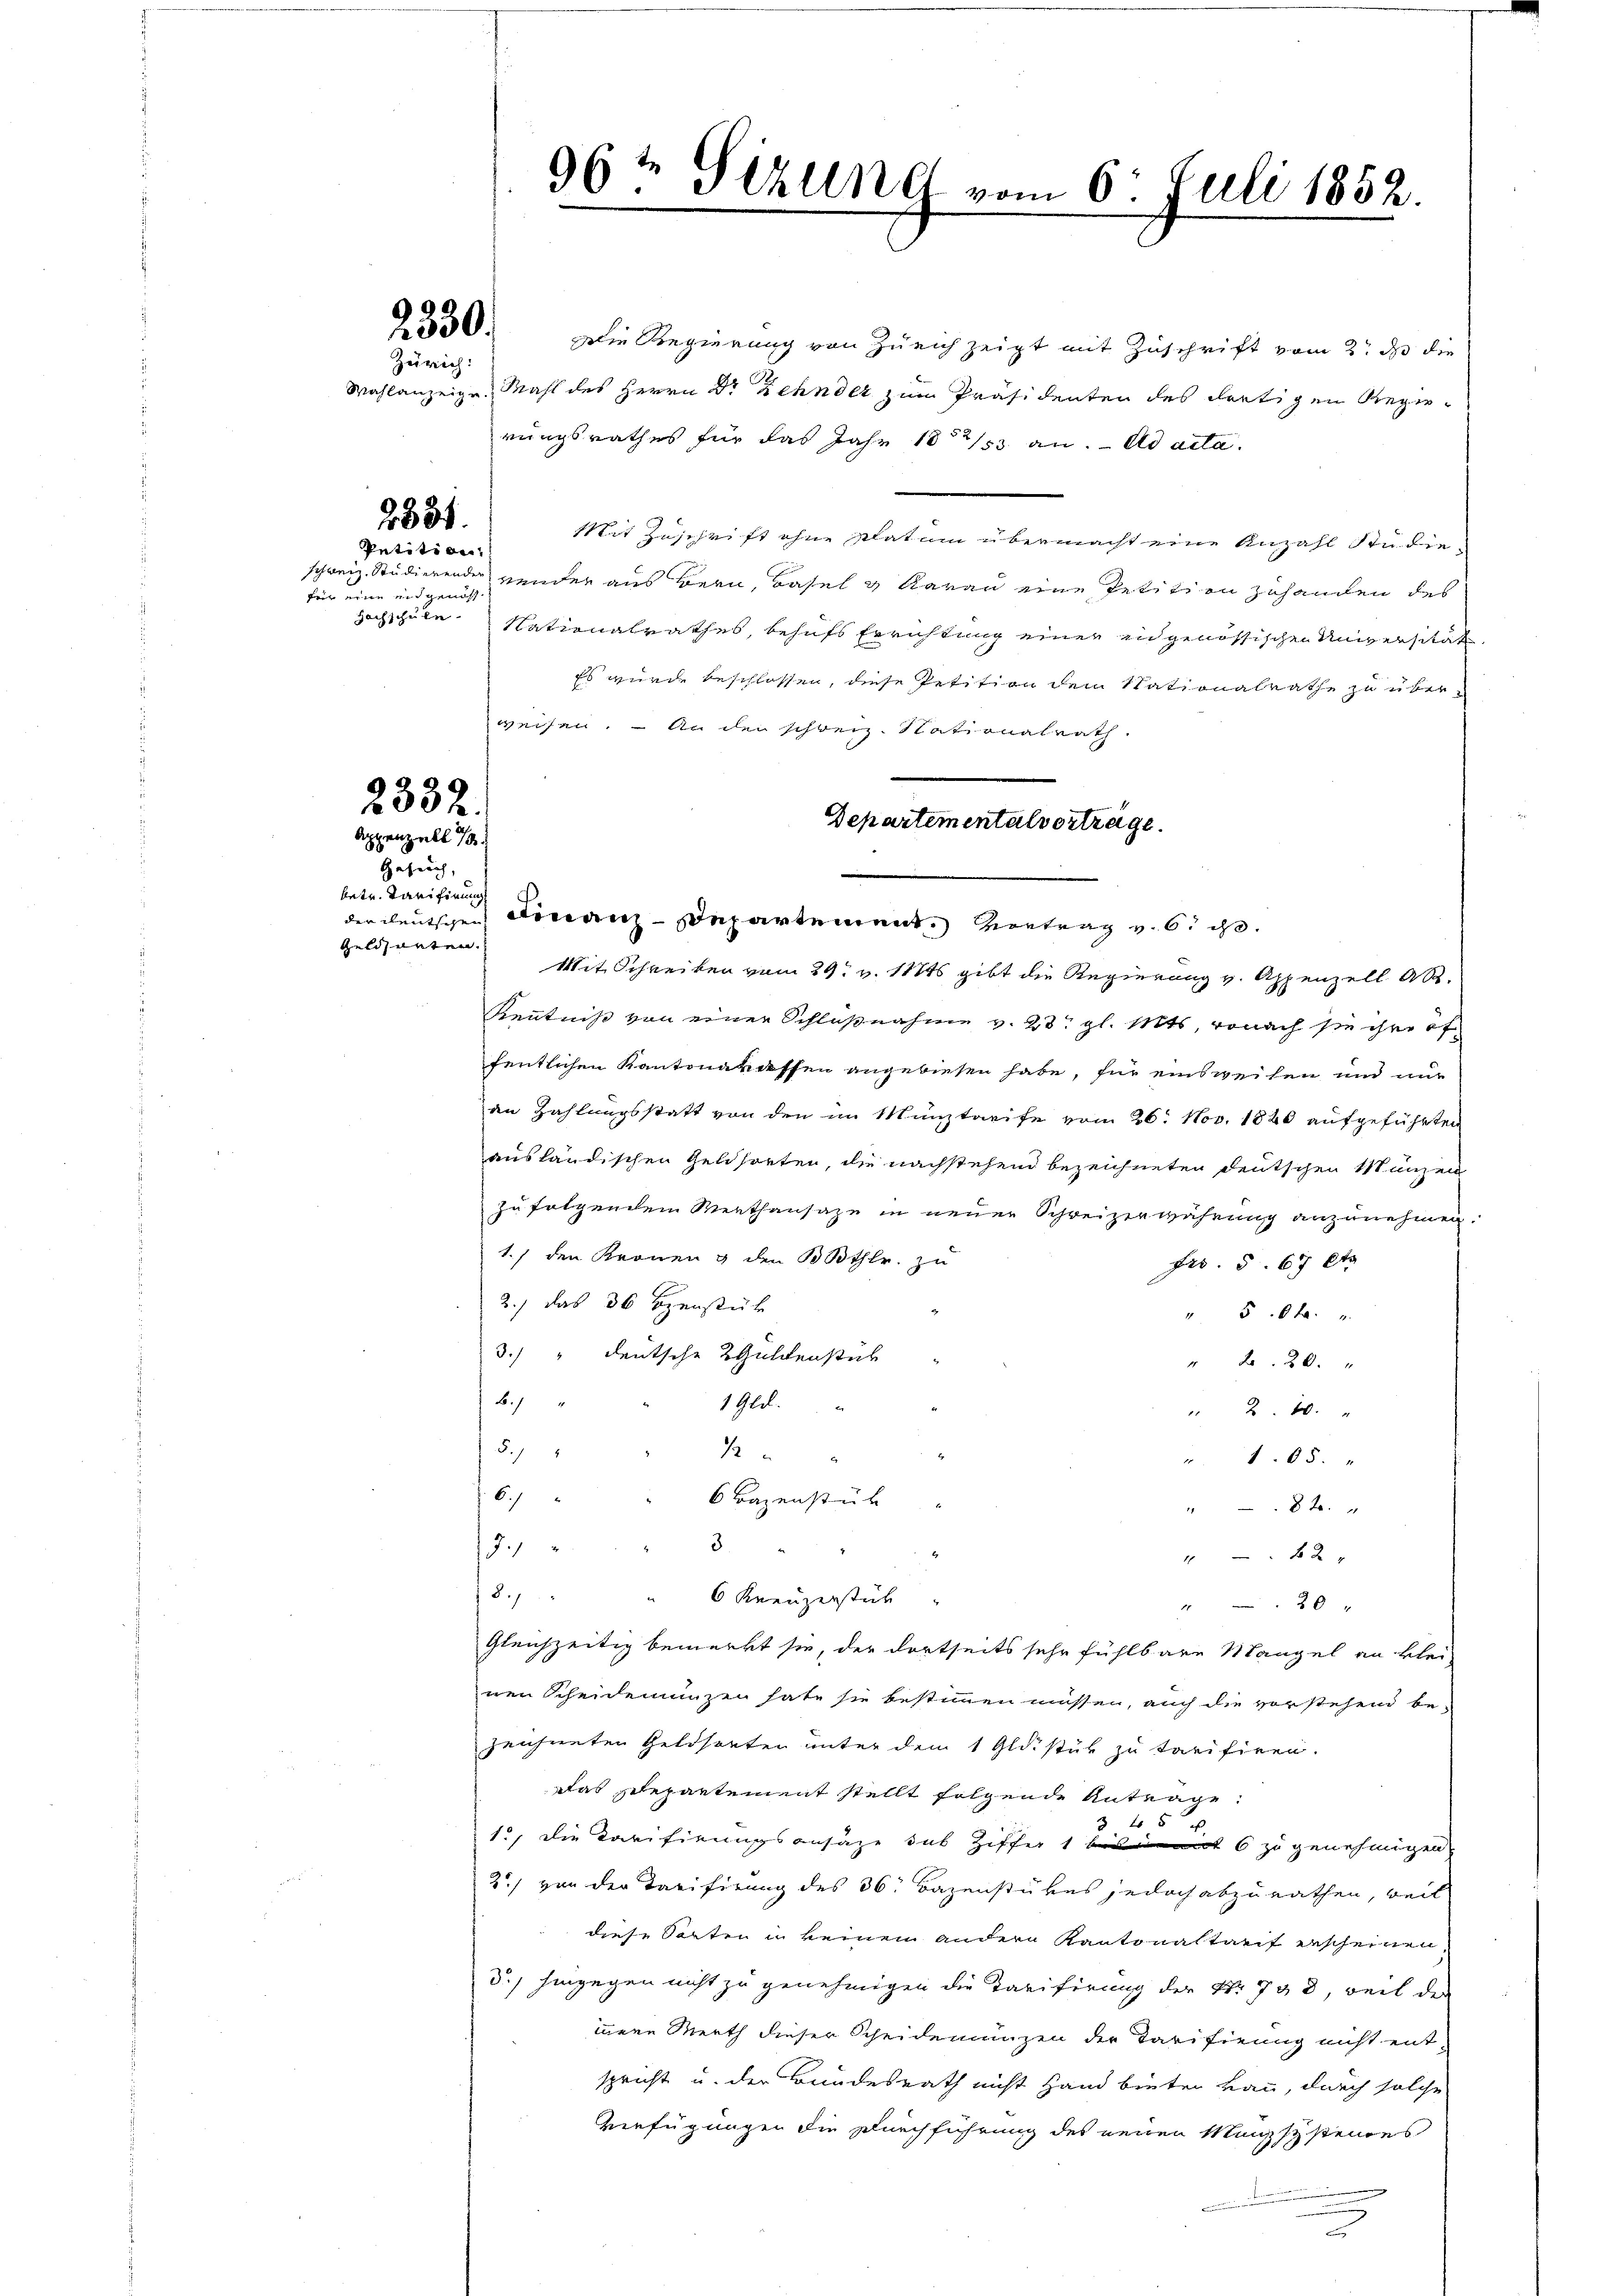
2330.

Zürich:

2881.

Petition.
für eine und genoss

2332.
Appenzell 1
Gesuch,

betr. Tarifirung
Geldsanten.

Die Regierung von Zürich zeigt mit Zuschrift vom 2. ds die
Wahlanzeige Mahl des Herrn Dr Zehnder zum Präsidenten des dretigen Regierungsrathes für das Jahr 1853 an. ad acta.
Mit Zuschrift ohne Datum übermacht eine Anzahl Studie-
schweiz. Studierender vender aus Bern, Basel & darau eine Petition zuhanden des
Hochschule Nationalrathes, behufs Errichtung einer in genössischen Universität
Es wurde beschlossen, diese Petition dem Nationalrathe zu überweisen. – An den schweiz. Nationalrath
Mit Schreiben vom 29. v. 118t gibt die Regierung v. Appenzell A.
Kenntniß von einer Schlußnahme v. 23. gl. Mts, wonach sie ihre öf
fentlichen Kantonardessen angewiesen habe, für einsweilen und nur
an Zahlungsstatt von den im Münztarife vom 26. Nov. 1826 aufgeführten
ausländischen Geldsorten, die nachstehend bezeichneten deutschen Münzen
zu folgendem Merthansaze in neuer Schweizerwährung anzunehmen.
1.) den Kronen & den 30 Bthlr. zu
Frs. S. 67 Ct
2./ das 30 Spenstück
" 50fr.
3.) " deutsche 2 Guldenstück
" 220. "
b.
1 Gld.
2.10.
5.)
.

" 165. "
6.
6 Bazenstük
82.
3
3.)
82
8.1
6 Kreuzerstück
" 20 "
gleichzeitig bemerkt sie, der dortseits sehr fühlbare Mangel an klei
nen Scheidemünzen hate sie bestimmen müssen, auch die vorstehend be-
zeichneten Geldsorten unter dem 1 Gldistik zu tarifiren.
Das Departement stellt folgende Antrage:
 f 8
1
1., die Tarifirungsansähe das Ziffer 1 bist 6 zu genehmigen
2) von der Tarifirung des 36. Bazenstükes jedoch abzurathen, weil
diese Sacten in keinem andern Kantonaltarif erscheinen,
3.) hingegen nicht zu genehmigen die Tarifirung der Nr. 798, weil der
innere Werth dieser Scheidenungen der Tarifirung nicht ent-
spricht u. der Bundesrath nicht Hand bieten kann, durch solche
Verfügungen die Durchführung des neuen Manzsysteiges
u

96 te Stellet vom 6. Juli 1852.

der deutschen Finanz-Departement. Vortrag v. 6. s.

Departementalverträge.